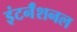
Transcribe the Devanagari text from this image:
इंटर्नॅशनल